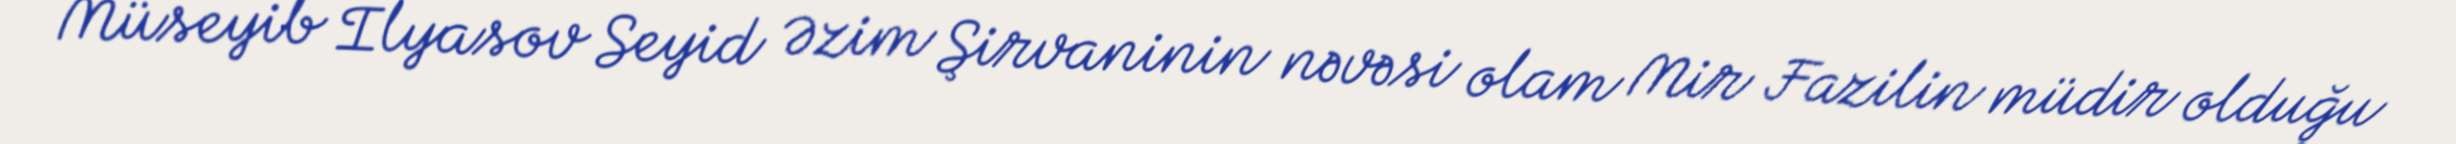
Müseyib İlyasov Seyid Əzim Şirvaninin nəvəsi olam Mir Fazilin müdir olduğu